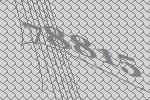
78815